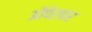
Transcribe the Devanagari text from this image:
ऑपेरावर